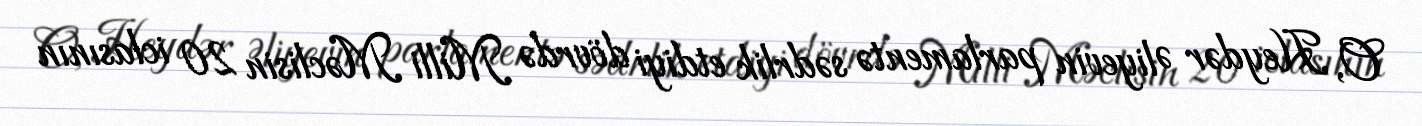
O, Heydər Əliyevin parlamentə sədrlik etdiyi dövrdə Milli Məclisin 20 iclasının